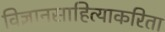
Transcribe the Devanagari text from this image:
विज्ञानसाहित्याकरिता